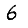
Digit: 6